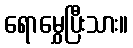
ရောမွှေပြီးသား။